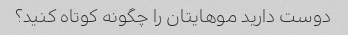
دوست دارید موهایتان را چگونه کوتاه کنید؟